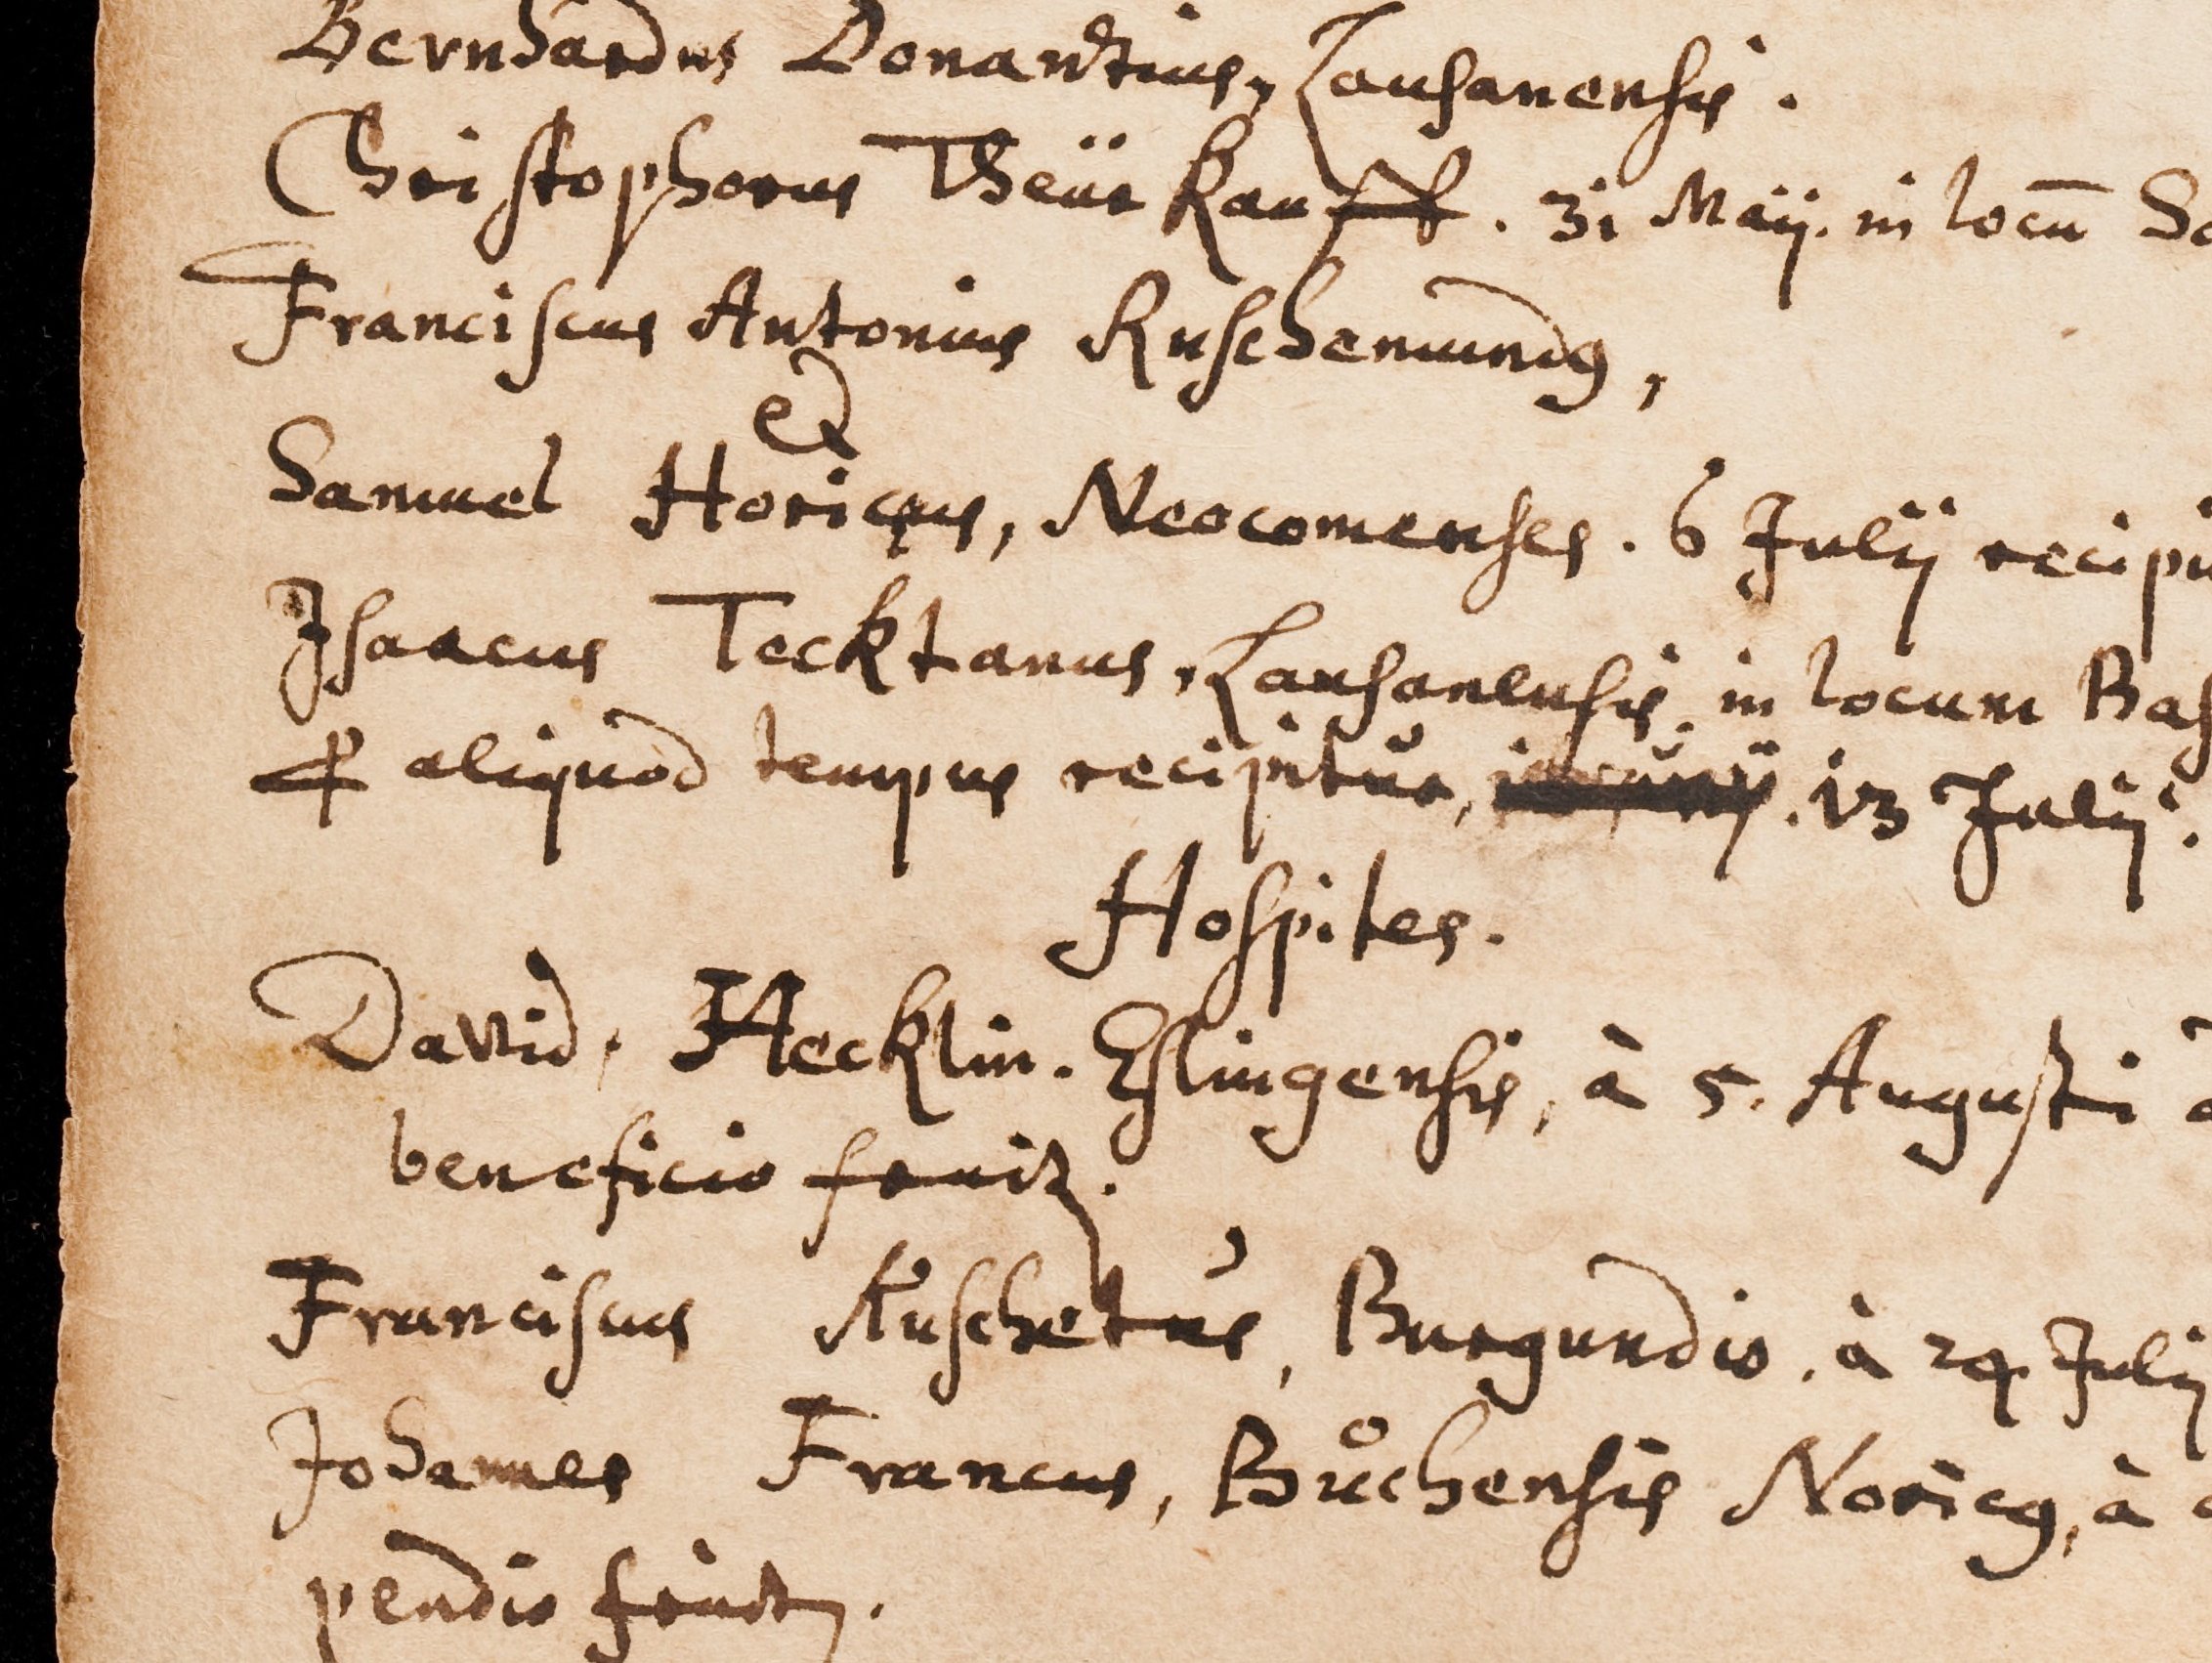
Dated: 1594–1682